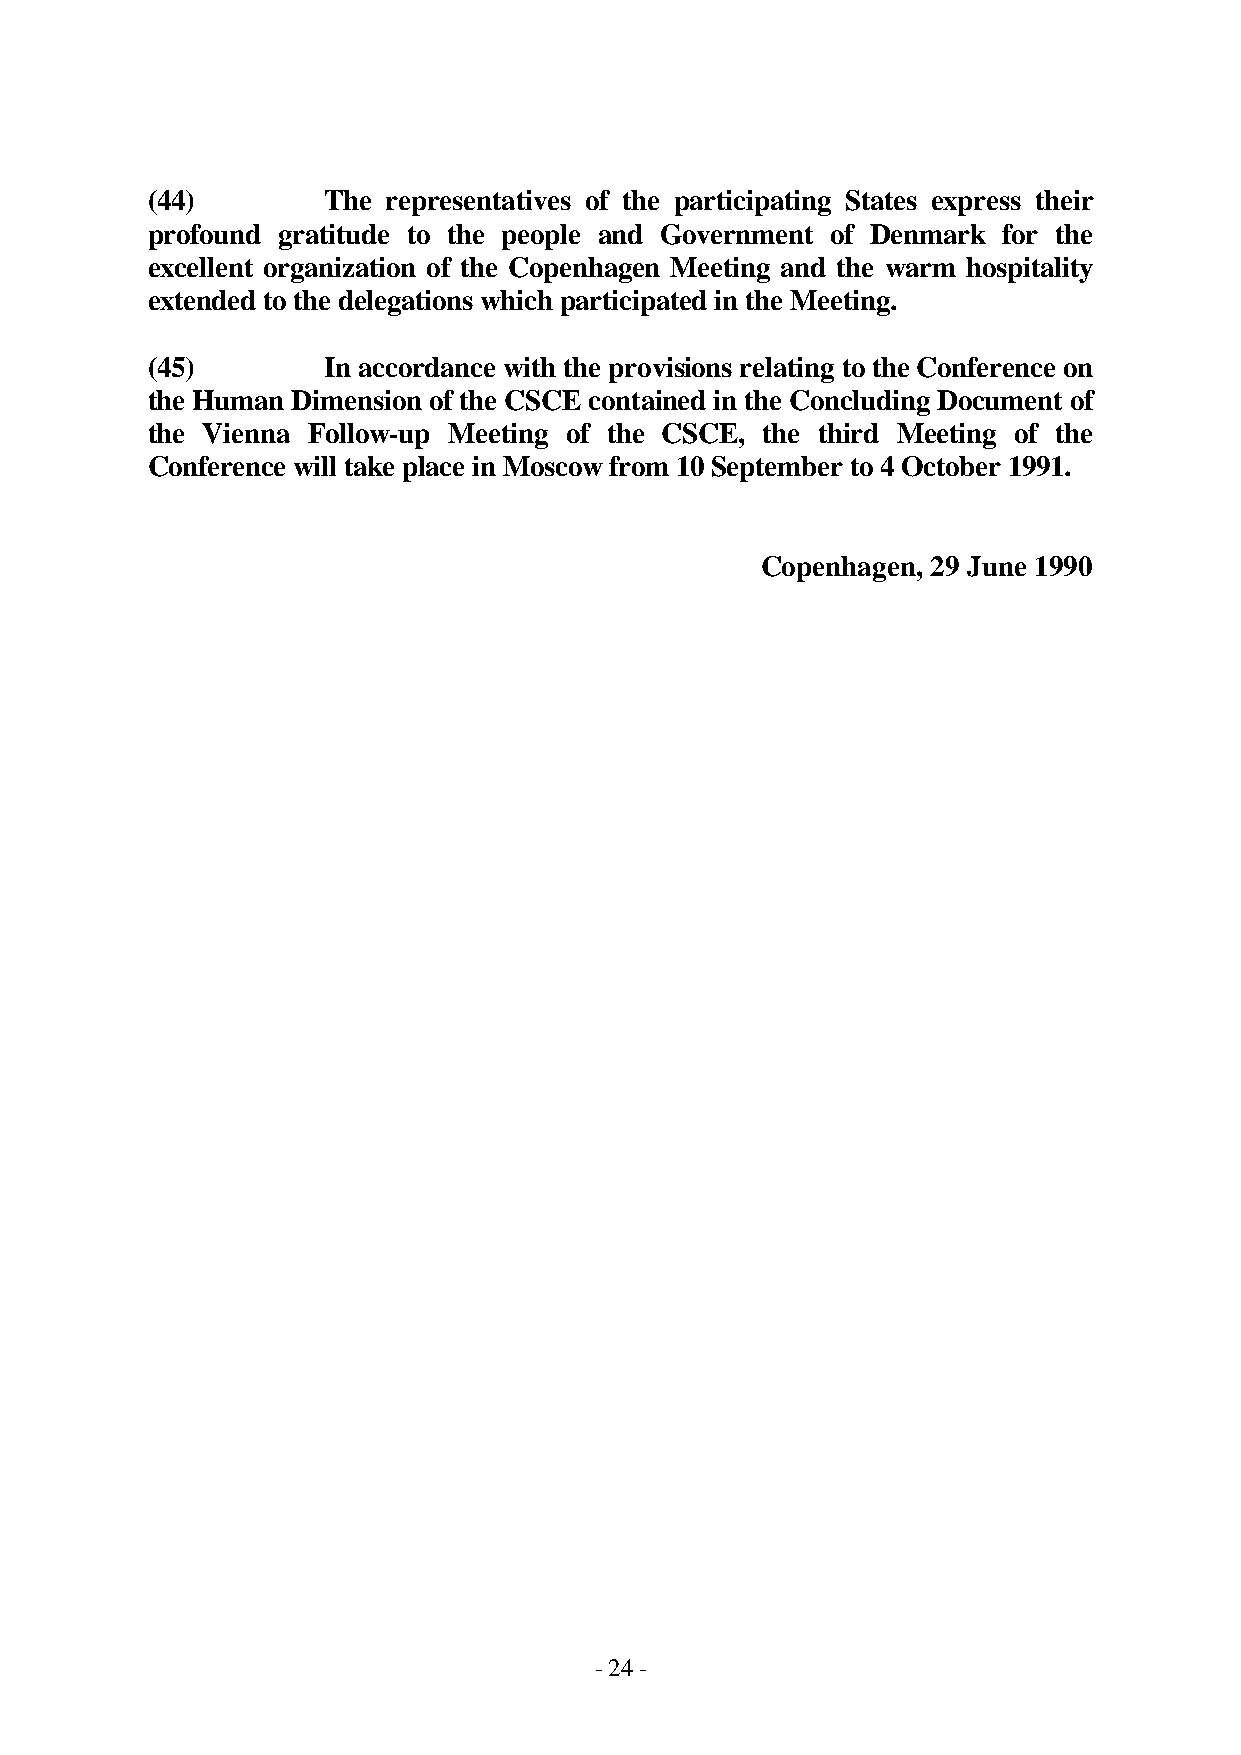
(44)       The  representatives of the participating States express their
 profound gratitude to the people and Government of Denmark for the
 excellent organization of the Copenhagen Meeting and the warm hospitality
 extended to the delegations which participated in the Meeting.
 (45)        In accordance with the provisions relating to the Conference on
 the Human Dimension of the CSCE contained in the Concluding Document of
 the Vienna Follow-up Meeting of the CSCE, the third Meeting of the
 Conference will take place in Moscow from 10 September to 4 October 1991.
 Copenhagen, 29 June 1990
 - 24 -